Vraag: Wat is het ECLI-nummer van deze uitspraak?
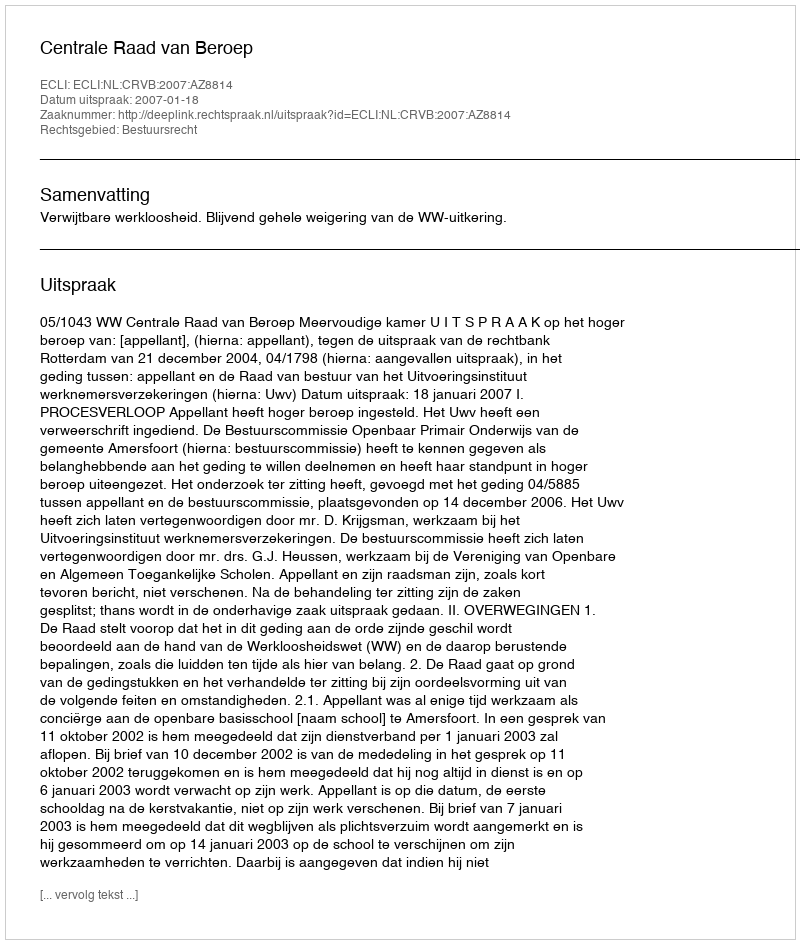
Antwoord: ECLI:NL:CRVB:2007:AZ8814